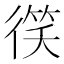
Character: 𫹠